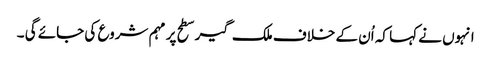
انہوں نے کہا کہ اُن کے خلاف ملک گیر سطح پر مہم شروع کی جائے گی ۔